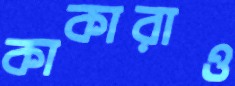
কাকারাও